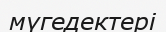
мүгедектері